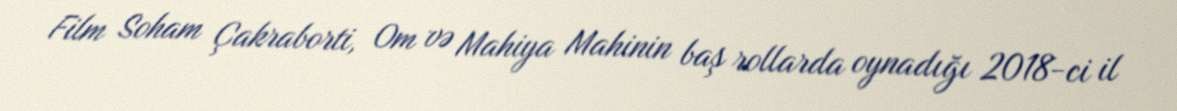
Film Soham Çakraborti, Om və Mahiya Mahinin baş rollarda oynadığı 2018-ci il